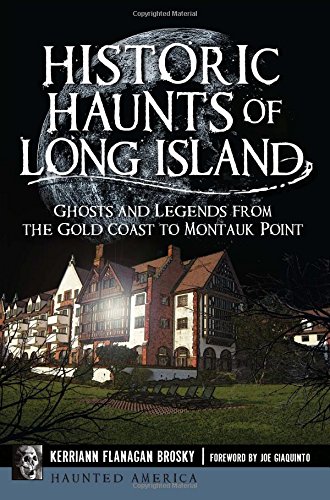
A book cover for Historic Haunts of Long Island: (Haunted America); Kerriann Flanagan Brosky; Religion & Spirituality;